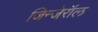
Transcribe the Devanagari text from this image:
जिन्जेरॉल